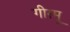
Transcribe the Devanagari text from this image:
गीरमू